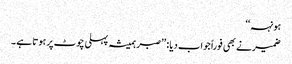
ہونہہ‘‘
ضمیرنے بھی فوراً جواب دیا : ’’صبر ہمیشہ پہلی چوٹ پر ہوتا ہے ۔